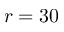
r = 3 0